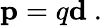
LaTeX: \mathbf{p}=q\mathbf{d}\ .